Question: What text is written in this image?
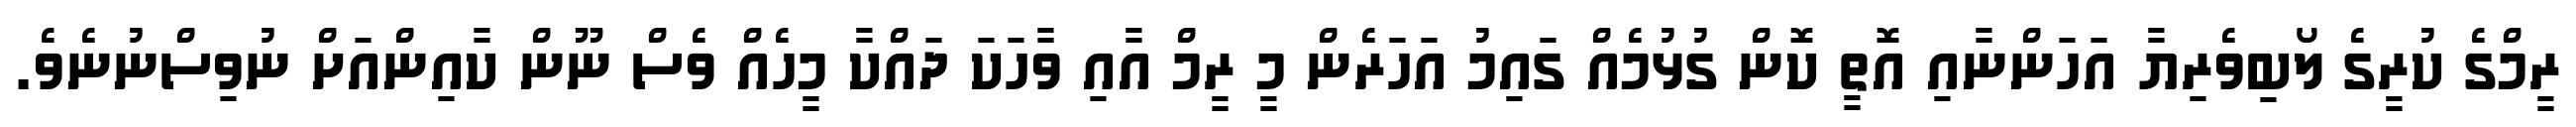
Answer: ރީމްގެ ކުރީގެ ލޯބިވެރިޔާ އަހަންނާއި އޮތީ ކޮން ގުޅުމެއް ގައިމު އަހަރެން މީ ރީމް އާއި ވާހަކަ ދައްކާ މީހެއް ވެސް ނޫން ކާއިންއަށް ނުވިސްނުނެވެ.